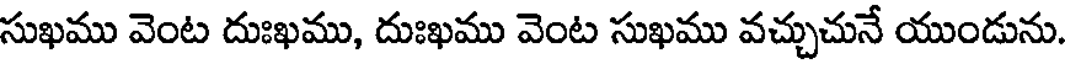
సుఖము వెంట దుఃఖము, దుఃఖము వెంట సుఖము వచ్చుచునే యుండును.